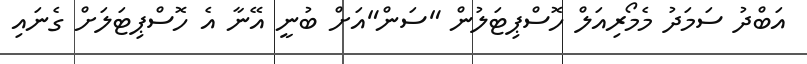
އަބްދު ސަމަދު މެމޯރިއަލް ހޮސްޕިޓަލުން "ސަން"އަށް ބުނީ އޭނާ އެ ހޮސްޕިޓަލަށް ގެނައި